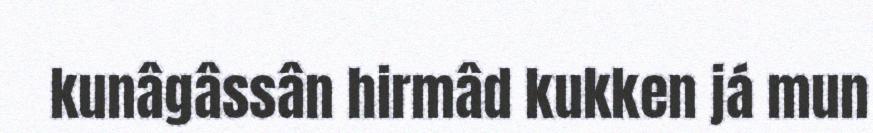
kunâgâssân hirmâd kukken já mun